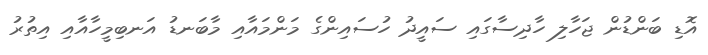
އޮޑި ބަންޑުން ޖަހާލި ހާދިސާގައި ސައީދު ހުސައިންގެ މަންމައާއި މާބަނޑު އަނބިމީހާއާއި އިތުރު